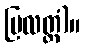
ပြလတ္တံ)။